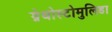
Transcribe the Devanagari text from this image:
ग्नेथोस्टोमुलिडा